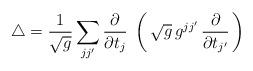
LaTeX: \begin{align*}\triangle={1\over \sqrt{g}}\sum_{jj'}{\partial\over\partial t_j}\;\left(\,\sqrt{g}\,g^{jj'}\,{\partial\over\partial t_{j'}}\,\right)\end{align*}